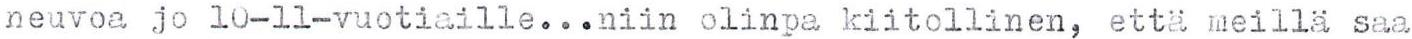
neuvoa jo 10-11-vuotiaille...niin olinpa kiitollinen, että meillä saa